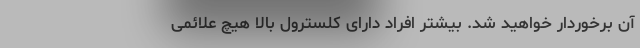
آن برخوردار خواهید شد. بیشتر افراد دارای کلسترول بالا هیچ علائمی